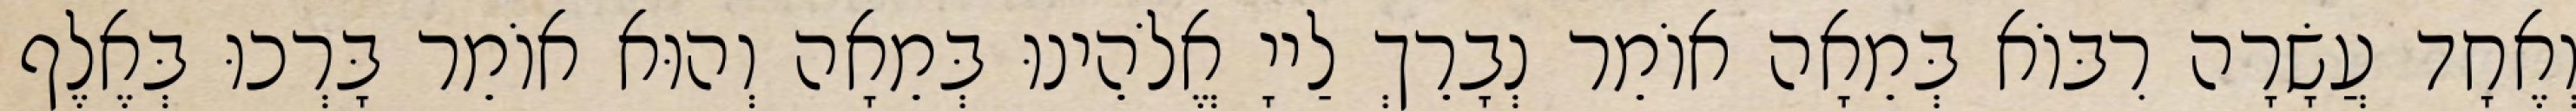
וְאֶחָד עֲשָׂרָה רִבּוֹא בְּמֵאָה אוֹמֵר נְבָרֵךְ לַייָ אֱלֹהֵינוּ בְּמֵאָה וְהוּא אוֹמֵר בָּרְכוּ בְּאֶלֶף